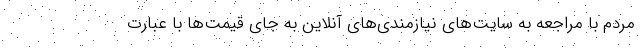
مردم با مراجعه به سایت‌های نیازمندی‌های آنلاین به جای قیمت‌ها با عبارت